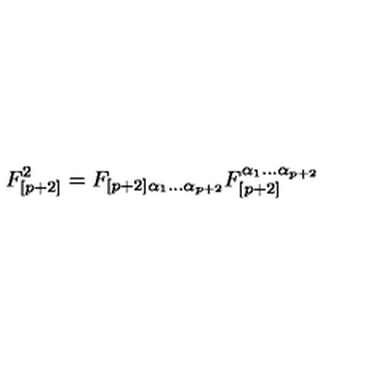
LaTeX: F _ { [ p + 2 ] } ^ { 2 } = F _ { \left[ p + 2 \right] \alpha _ { 1 } \dots \alpha _ { p + 2 } } F _ { [ p + 2 ] } ^ { \alpha _ { 1 } \dots \alpha _ { p + 2 } }